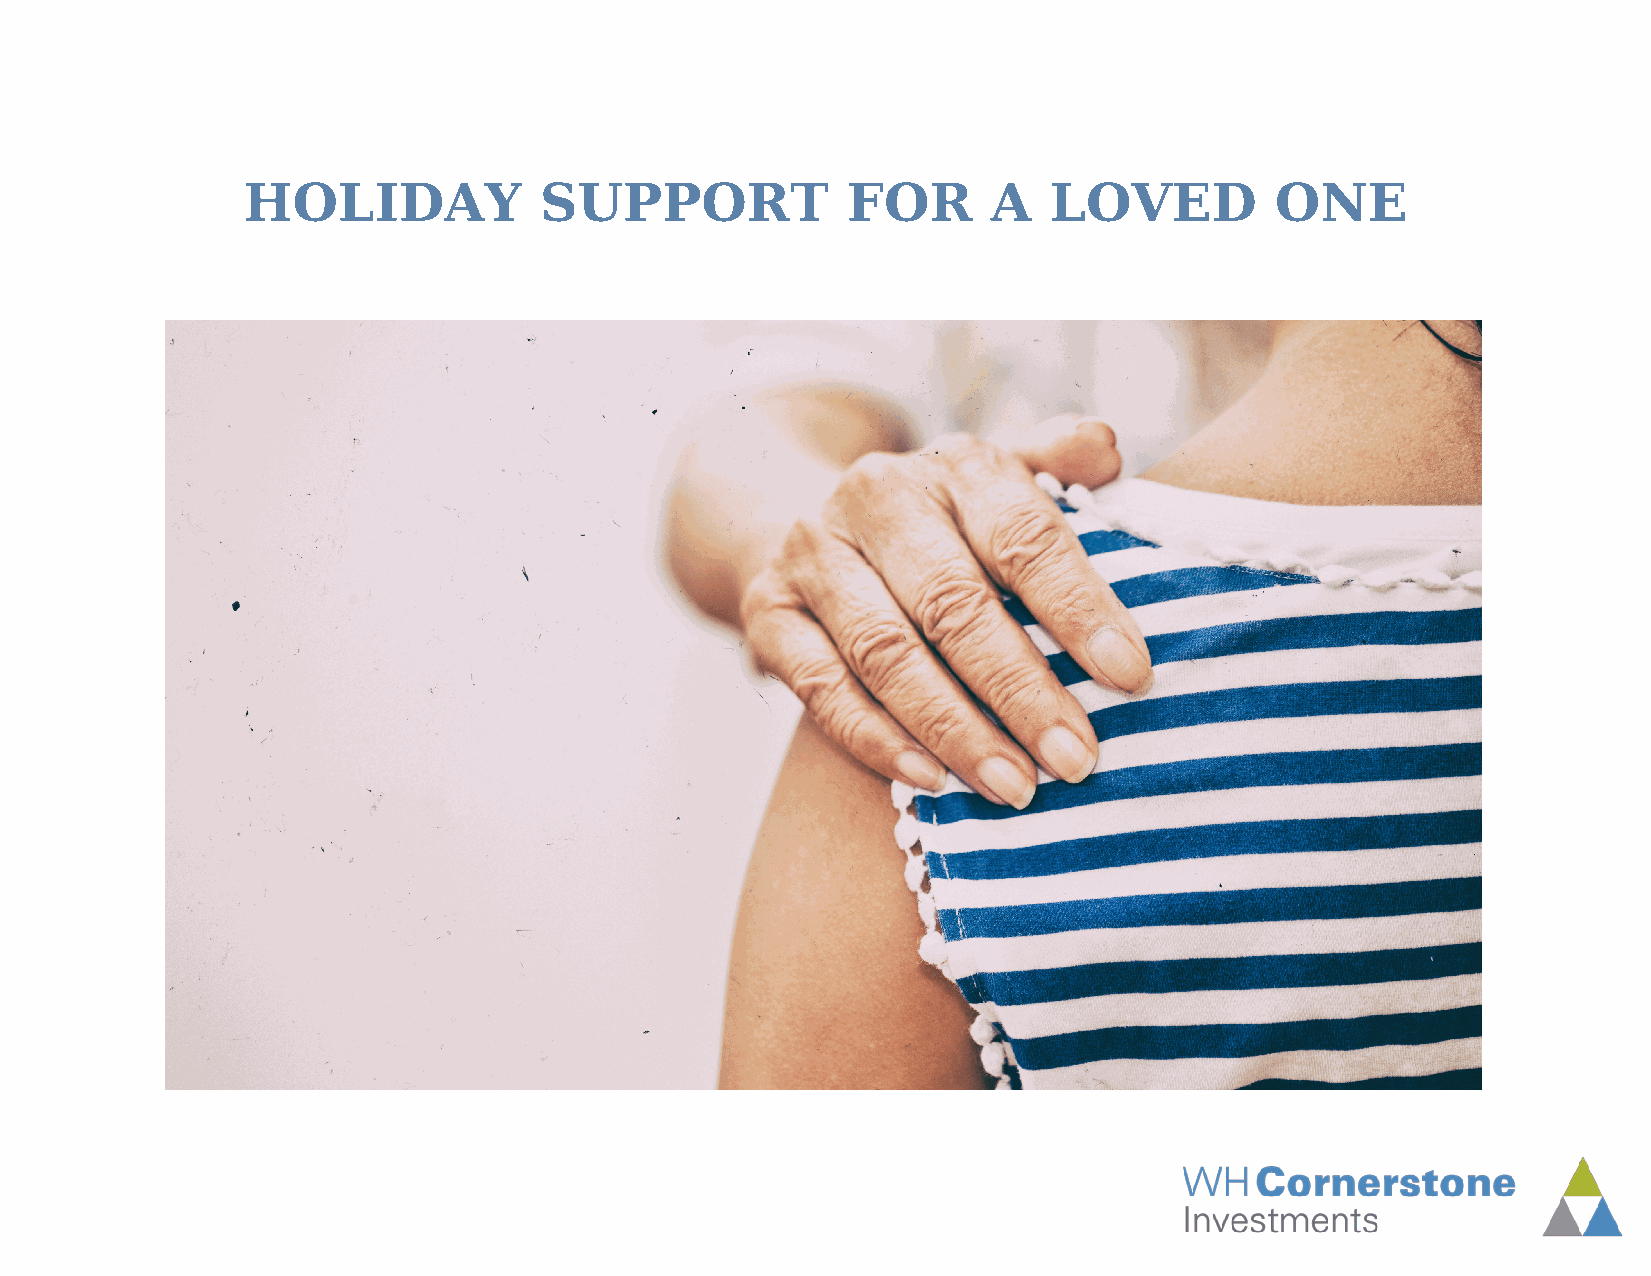
HOLIDAY             SUPPORT             FOR       A  LOVED          ONE